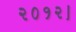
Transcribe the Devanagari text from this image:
२०१२।